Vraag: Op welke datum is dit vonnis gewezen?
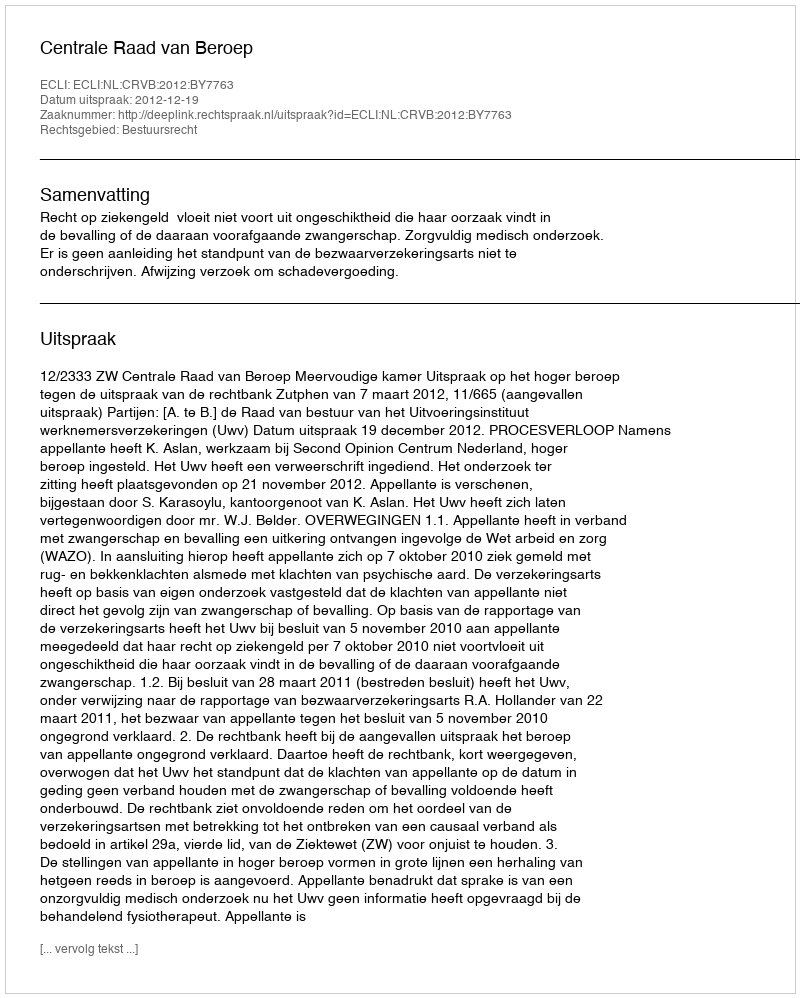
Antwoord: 2012-12-19